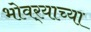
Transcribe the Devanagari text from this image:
भोवर्‍याच्या